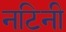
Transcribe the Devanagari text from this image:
नटिनी